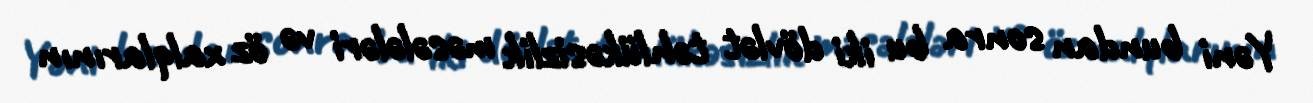
Yəni bundan sonra bu iki dövlət təhlükəsizlik məsələləri və öz xalqlarının